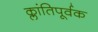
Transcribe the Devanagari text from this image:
क्लांतिपूर्वक